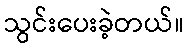
သွင်းပေးခဲ့တယ်။